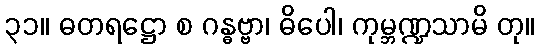
၃၁။ ဓတရဋ္ဌော စ ဂန္ဓဗ္ဗာ၊ ဓိပေါ၊ ကုမ္ဘဏ္ဍသာမိ တု။